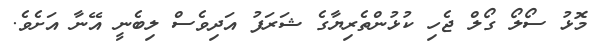
މޮޅު ސޯލޯ ގޯލް ޖެހި ކުޅުންތެރިޔާގެ ޝަރަފު އަދިވެސް ލިބެނީ އޭނާ އަށެވެ.